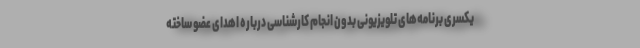
یکسری برنامه‌های تلویزیونی بدون انجام کارشناسی درباره اهدای عضو ساخته